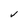
Character: V